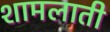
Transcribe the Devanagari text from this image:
शामलाती